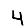
Digit: 4